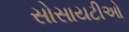
સોસાયટીઓ